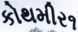
કોથમીર૧